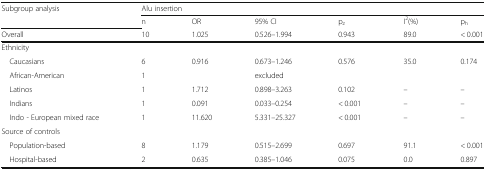
<table><thead><tr><td rowspan="2"><b>Subgroup analysis</b></td><td colspan="6"><b>Alu insertion</b></td></tr><tr><td><b>n</b></td><td><b>OR</b></td><td><b>95% CI</b></td><td><b>p<sub>z</sub></b></td><td><b>I<sup>2</sup>(%)</b></td><td><b>p<sub>h</sub></b></td></tr><tr><td><b>Overall</b></td><td><b>10</b></td><td><b>1.025</b></td><td><b>0.526–1.994</b></td><td><b>0.943</b></td><td><b>89.0</b></td><td><b>&lt; 0.001</b></td></tr></thead><tbody><tr><td colspan="7">Ethnicity</td></tr><tr><td> Caucasians</td><td>6</td><td>0.916</td><td>0.673–1.246</td><td>0.576</td><td>35.0</td><td>0.174</td></tr><tr><td> African-American</td><td>1</td><td></td><td>excluded</td><td></td><td></td><td></td></tr><tr><td> Latinos</td><td>1</td><td>1.712</td><td>0.898–3.263</td><td>0.102</td><td>–</td><td>–</td></tr><tr><td> Indians</td><td>1</td><td>0.091</td><td>0.033–0.254</td><td>&lt; 0.001</td><td>–</td><td>–</td></tr><tr><td> Indo - European mixed race</td><td>1</td><td>11.620</td><td>5.331–25.327</td><td>&lt; 0.001</td><td>–</td><td>–</td></tr><tr><td colspan="7">Source of controls</td></tr><tr><td> Population-based</td><td>8</td><td>1.179</td><td>0.515–2.699</td><td>0.697</td><td>91.1</td><td>&lt; 0.001</td></tr><tr><td> Hospital-based</td><td>2</td><td>0.635</td><td>0.385–1.046</td><td>0.075</td><td>0.0</td><td>0.897</td></tr></tbody></table>